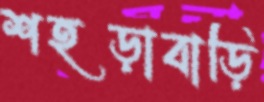
শহড়াবাড়ি